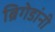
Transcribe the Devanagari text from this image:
ब्रिगेडांनी